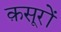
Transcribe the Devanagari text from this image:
क़सूरों